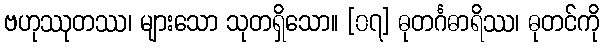
ဗဟုဿုတဿ၊ များသော သုတရှိသော။ [၀၇] ဓုတင်္ဂဓာရိဿ၊ ဓုတင်ကို